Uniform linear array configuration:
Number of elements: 48
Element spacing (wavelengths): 0.25
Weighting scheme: hann
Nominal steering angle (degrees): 0
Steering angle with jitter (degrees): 1.738
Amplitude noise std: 0.05
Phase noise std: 0.05

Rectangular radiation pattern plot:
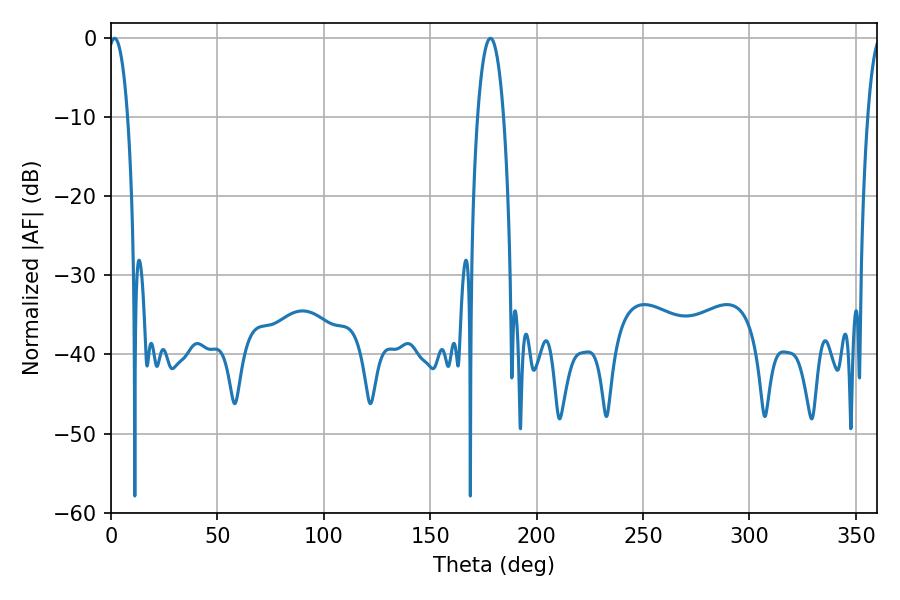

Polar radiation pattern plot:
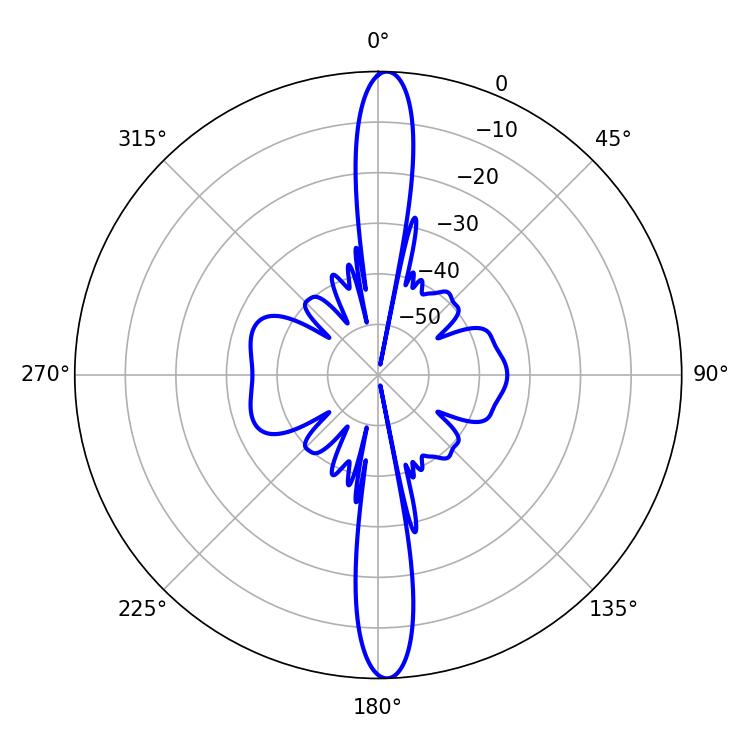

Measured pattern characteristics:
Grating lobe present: FALSE
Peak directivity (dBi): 24.335
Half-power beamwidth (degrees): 5.04
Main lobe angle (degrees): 1.62